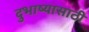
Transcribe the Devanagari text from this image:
दुभाष्यासाठी